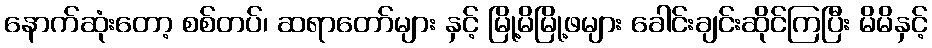
နောက်ဆုံးတော့ စစ်တပ်၊ ဆရာတော်များ နှင့် မြို့မိမြို့ဖများ ခေါင်းချင်းဆိုင်ကြပြီး မိမိနှင့်